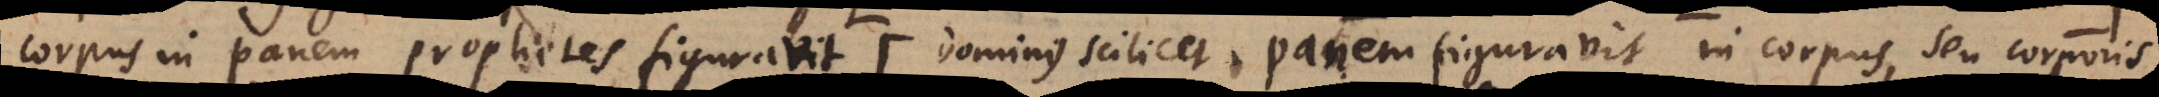
corpus in panem prophetes figuravit (: dominus scilicet, panem figuravit in corpus, seu corporis